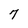
Character: 7